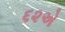
૬૨એ